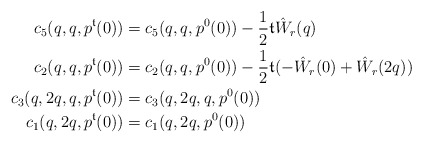
\begin{align*}c_5(q,q,p^\mathfrak{t}(0)) &= c_5(q,q,p^0(0))-\frac 12 \mathfrak{t} \hat W_r(q)\\c_2(q,q,p^\mathfrak{t}(0)) &= c_2(q,q,p^0(0))-\frac 12 \mathfrak{t} (-\hat W_r(0)+\hat W_r(2q))\\c_3(q,2q,q,p^\mathfrak{t}(0)) &= c_3(q,2q,q,p^0(0))\\c_1(q,2q,p^\mathfrak{t}(0)) &= c_1(q,2q,p^0(0))\end{align*}